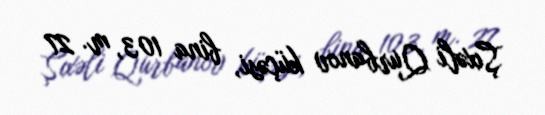
Şıxəli Qurbanov küçəsi, bina 103, m. 27